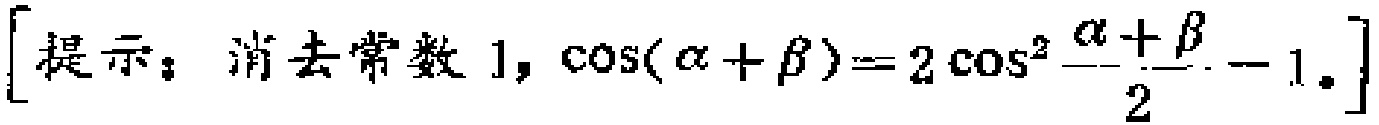
[提示：消去常数 1, $\cos(\alpha+\beta)=2\cos^{2}\frac{\alpha + \beta}{2}-1.$]